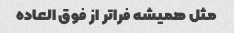
مثل همیشه فراتر از فوق العاده